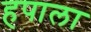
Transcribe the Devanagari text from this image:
हपाला